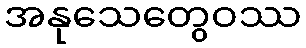
အနုသေတွေဝဿ